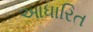
આધારિત